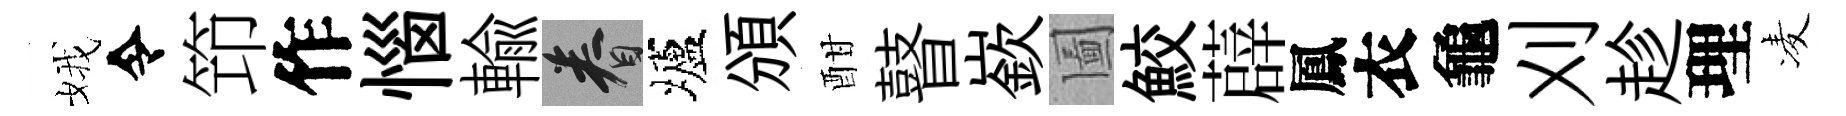
娥令笻作惱輸眷壚頒酣瞽嶔圗鮫薜鳳衣龜刈趁理凌